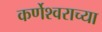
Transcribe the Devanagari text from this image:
कर्णेश्वराच्या